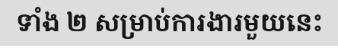
ទាំង ២ សម្រាប់ការងារមួយនេះ